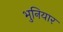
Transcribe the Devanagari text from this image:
भुनियार